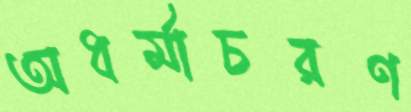
অধর্মাচরণ